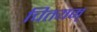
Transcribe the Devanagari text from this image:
चितयम्